Trukikaitis_Postimees, lk 51
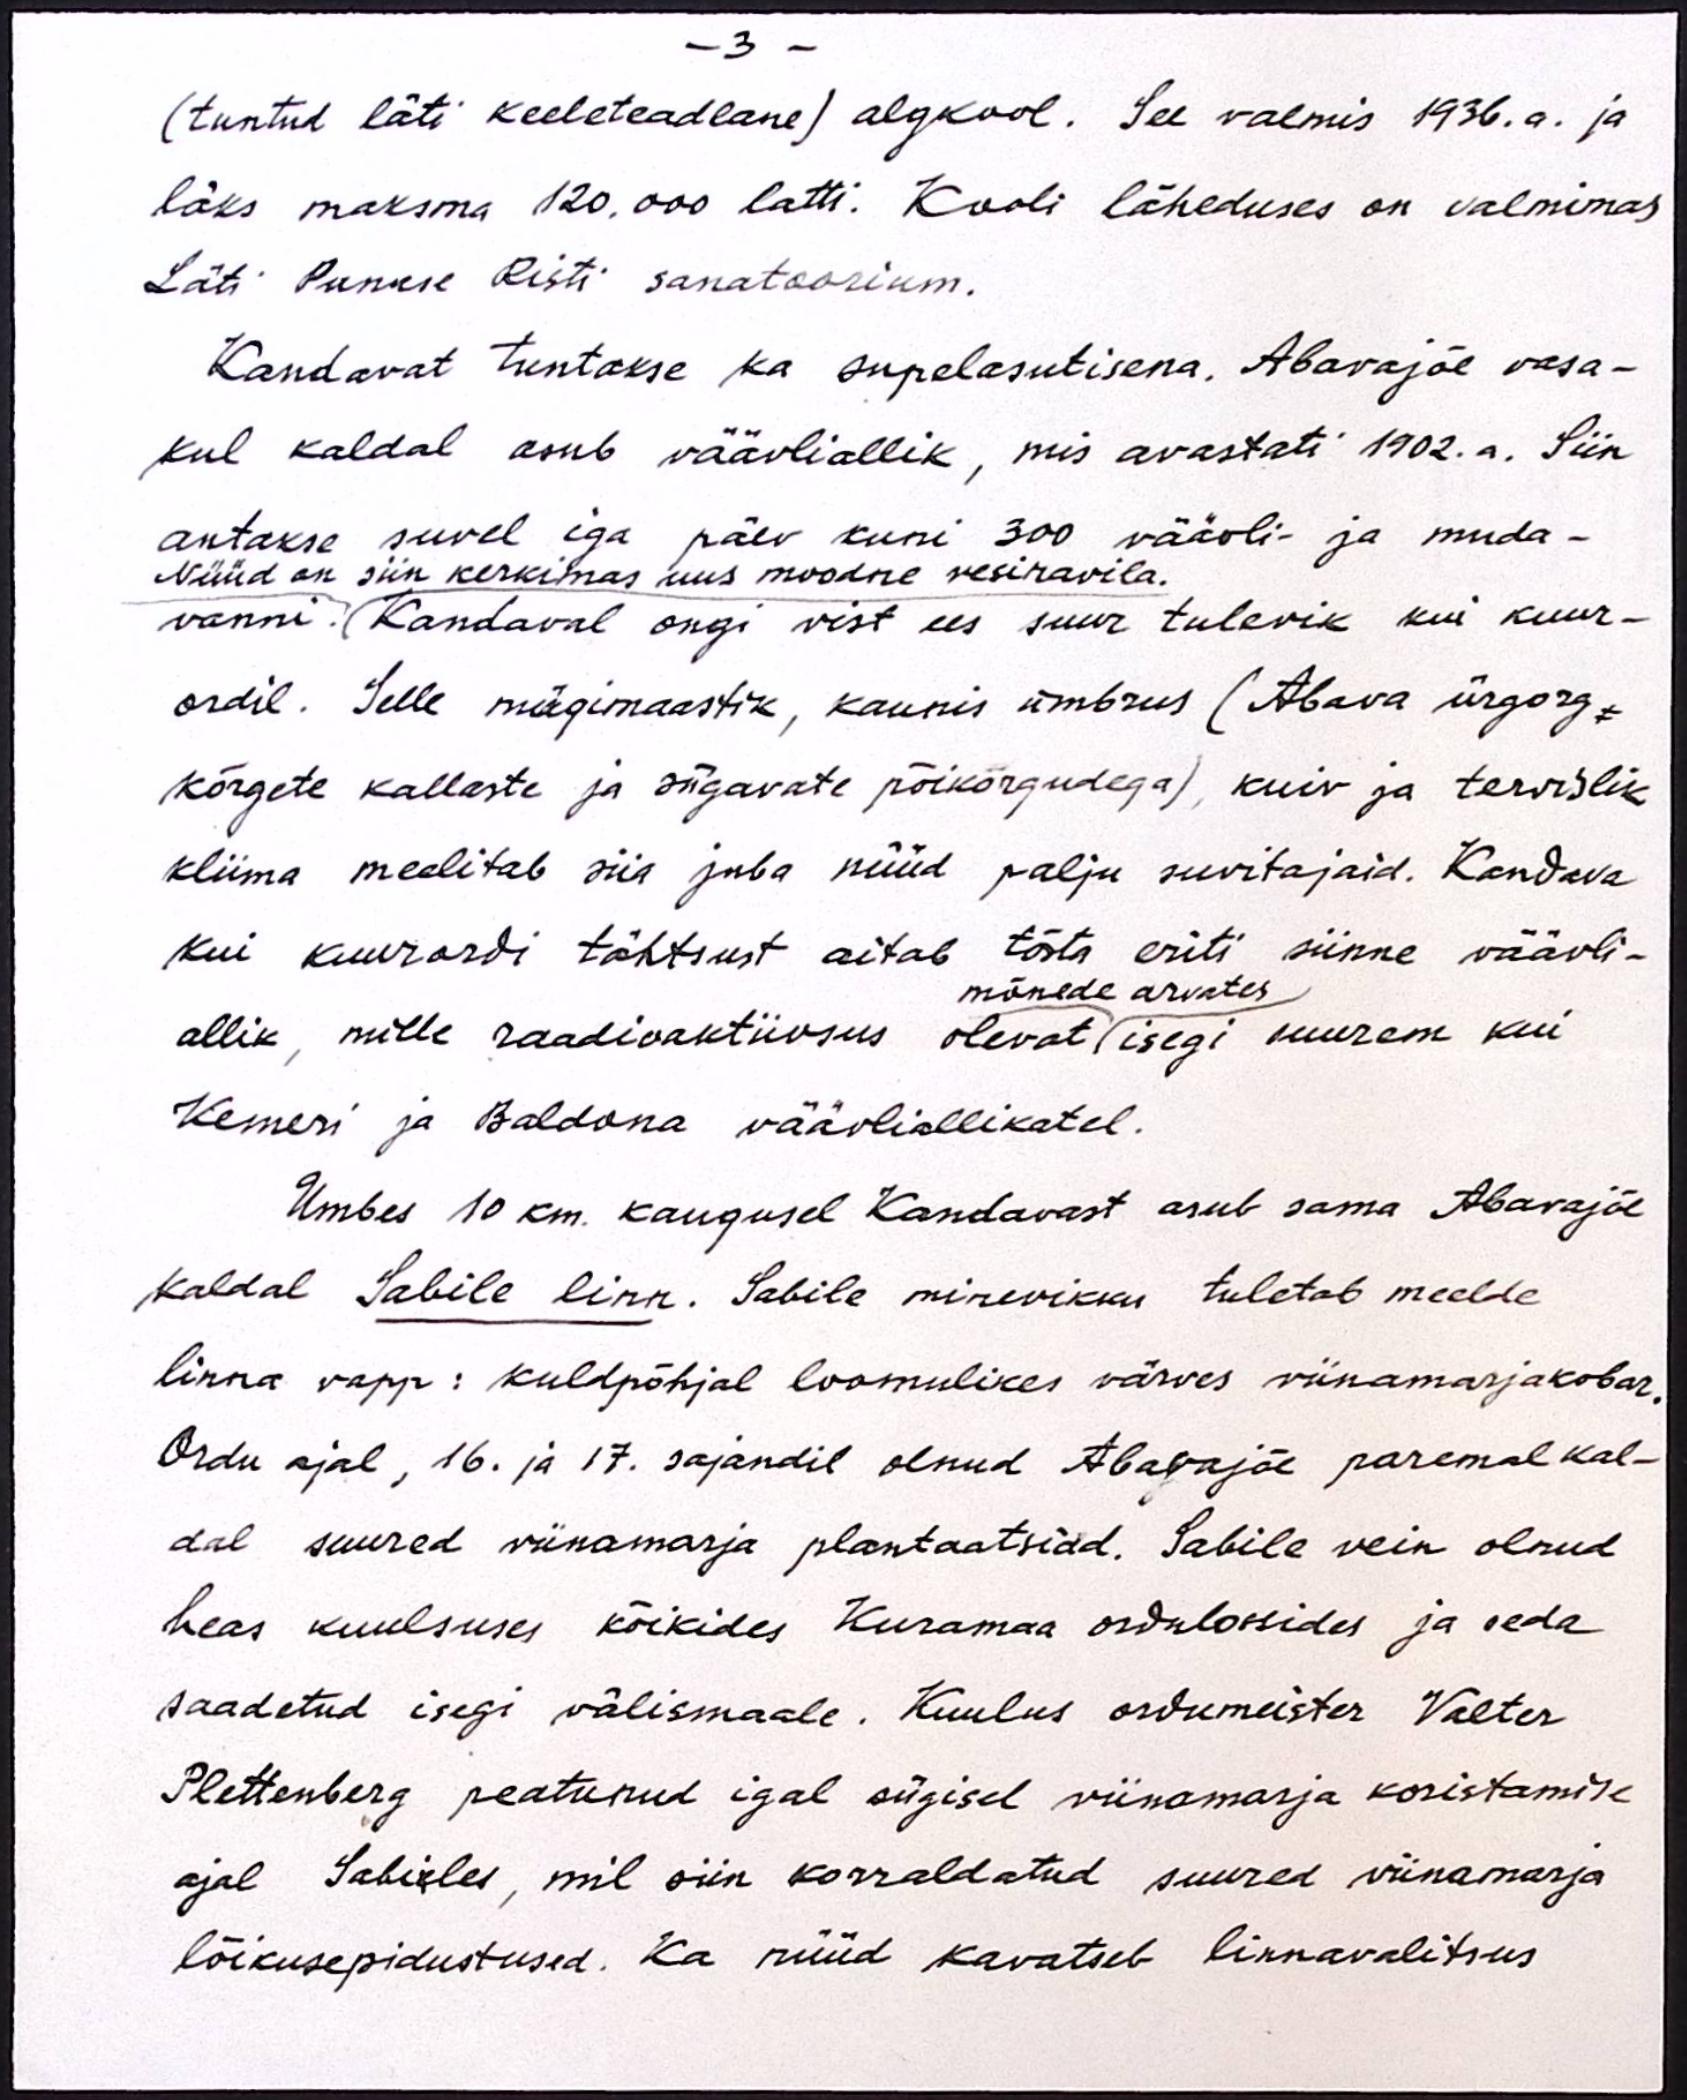
- 3 -
(tuntud läti keeleteadlane) algkool. See valmis 1936.a. ja
läks maksma 120.000 latti. Kooli läheduses on valmimas
Läti Punase Risti sanatoorium.
Kandavat tuntakse ka supelasutisena. Abavajõe vasa-
kul kaldal asub väävliallik, mis avastati 1902.a. Siin
antakse suvel iga päev kuni 300 väävli- ja muda-
Nüüd on siin kerkimas uus moodne vesiravila.
vanni. Kandaval ongi vist ees suur tulevik kui kuur-
ordil. Selle mägimaastik, kaunis ümbrus (Abava ürgorg,
kõrgete kallaste ja sügavate põikõrgudega), kuiv ja tervislik
kliima meelitab siia juba nüüd palju suvitajaid. Kandava
kui kuurordi tähtsust aitab tõsta eriti siinne väävli-
mõnede arvates
allik, mille raadioaktiivsus olevat isegi suurem kui
Kemeri ja Baldona väävliallikatel.
Umbes 10 km. kaugusel Kandavast asub sama Abavajõe
kaldal Sabile linn. Sabile minevikku tuletab meelde
linna vapp: kuldpõhjal loomulikes värves viinamarjakobar.
Ordu ajal, 16. ja 17. sajandil olnud Abavajõe paremal kal-
dal suured viinamarja plantaatsiad. Sabile vein olnud
heas kuulsuses kõikides Kuramaa ordulossides ja seda
saadetud isegi välismaale. Kuulus ordumeister Valter
Plettenberg peatunud igal sügisel viinamarja koristamise
ajal Sabieles, mil siin korraldatud suured viinamarja
lõikusepidustused. Ka nüüd kavatseb linnavalitsus